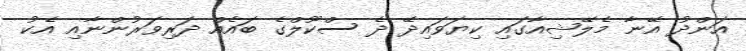
އަންދު އޭނާ މެލޭޝިއާގައި ކިޔަވައިދޭ ދެ ސްކޫލްގެ ބައެއް ދަރިވަރުންނާއި އެކު